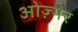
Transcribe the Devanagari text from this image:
ओज़्गर